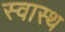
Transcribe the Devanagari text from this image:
स्‍वास्थ